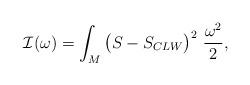
LaTeX: \begin{align*}\mathcal{I}(\omega) = \int_{M}\big(S-S_{CLW}\big)^{2} \ \frac{\omega^{2}}{2},\end{align*}